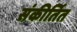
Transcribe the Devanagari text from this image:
संकीर्तित